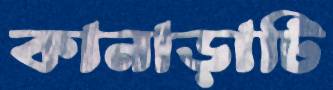
কানাড়াটি